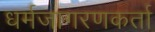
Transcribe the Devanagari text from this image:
धर्मजागरणकर्ता